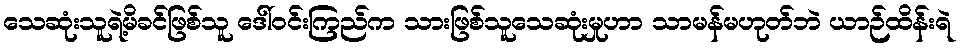
သေဆုံးသူရဲ့မိခင်ဖြစ်သူ ဒေါ်ဝင်းကြည်က သားဖြစ်သူသေဆုံးမှုဟာ သာမန်မဟုတ်ဘဲ ယာဉ်ထိန်းရဲ